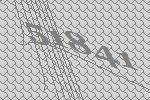
51841